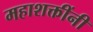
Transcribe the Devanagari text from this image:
महाशक्तींनी